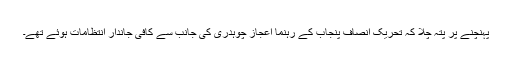
پہنچنے پر پتہ چلا کہ تحریک انصاف پنجاب کے رہنما اعجاز چوہدری کی جانب سے کافی جاندار انتظامات ہوئے تھے۔